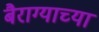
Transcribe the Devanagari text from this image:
बैराग्याच्या